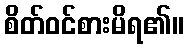
စိတ်ဝင်စားမိရ၏။